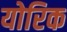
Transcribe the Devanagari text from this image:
योरिक